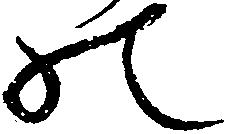
の